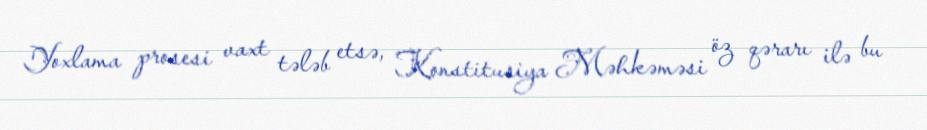
Yoxlama prosesi vaxt tələb etsə, Konstitusiya Məhkəməsi öz qərarı ilə bu